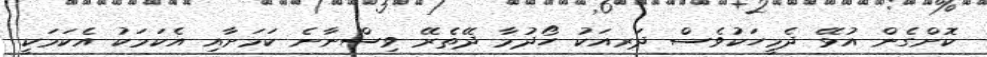
ކޮށްގެން އުޅޭ ދެމީހަކުވެސް ދަރއަކު ހޯދުމާ ދޭތެރޭ ވިސްނާނެ ކަމަށާއި އެކަމަކު އެކަމަކީ